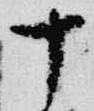
十